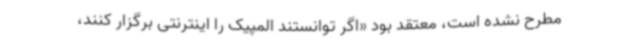
مطرح نشده است، معتقد بود «اگر توانستند المپیک را اینترنتی برگزار کنند،